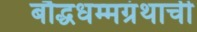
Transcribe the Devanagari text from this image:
बौद्धधम्मग्रंथाची